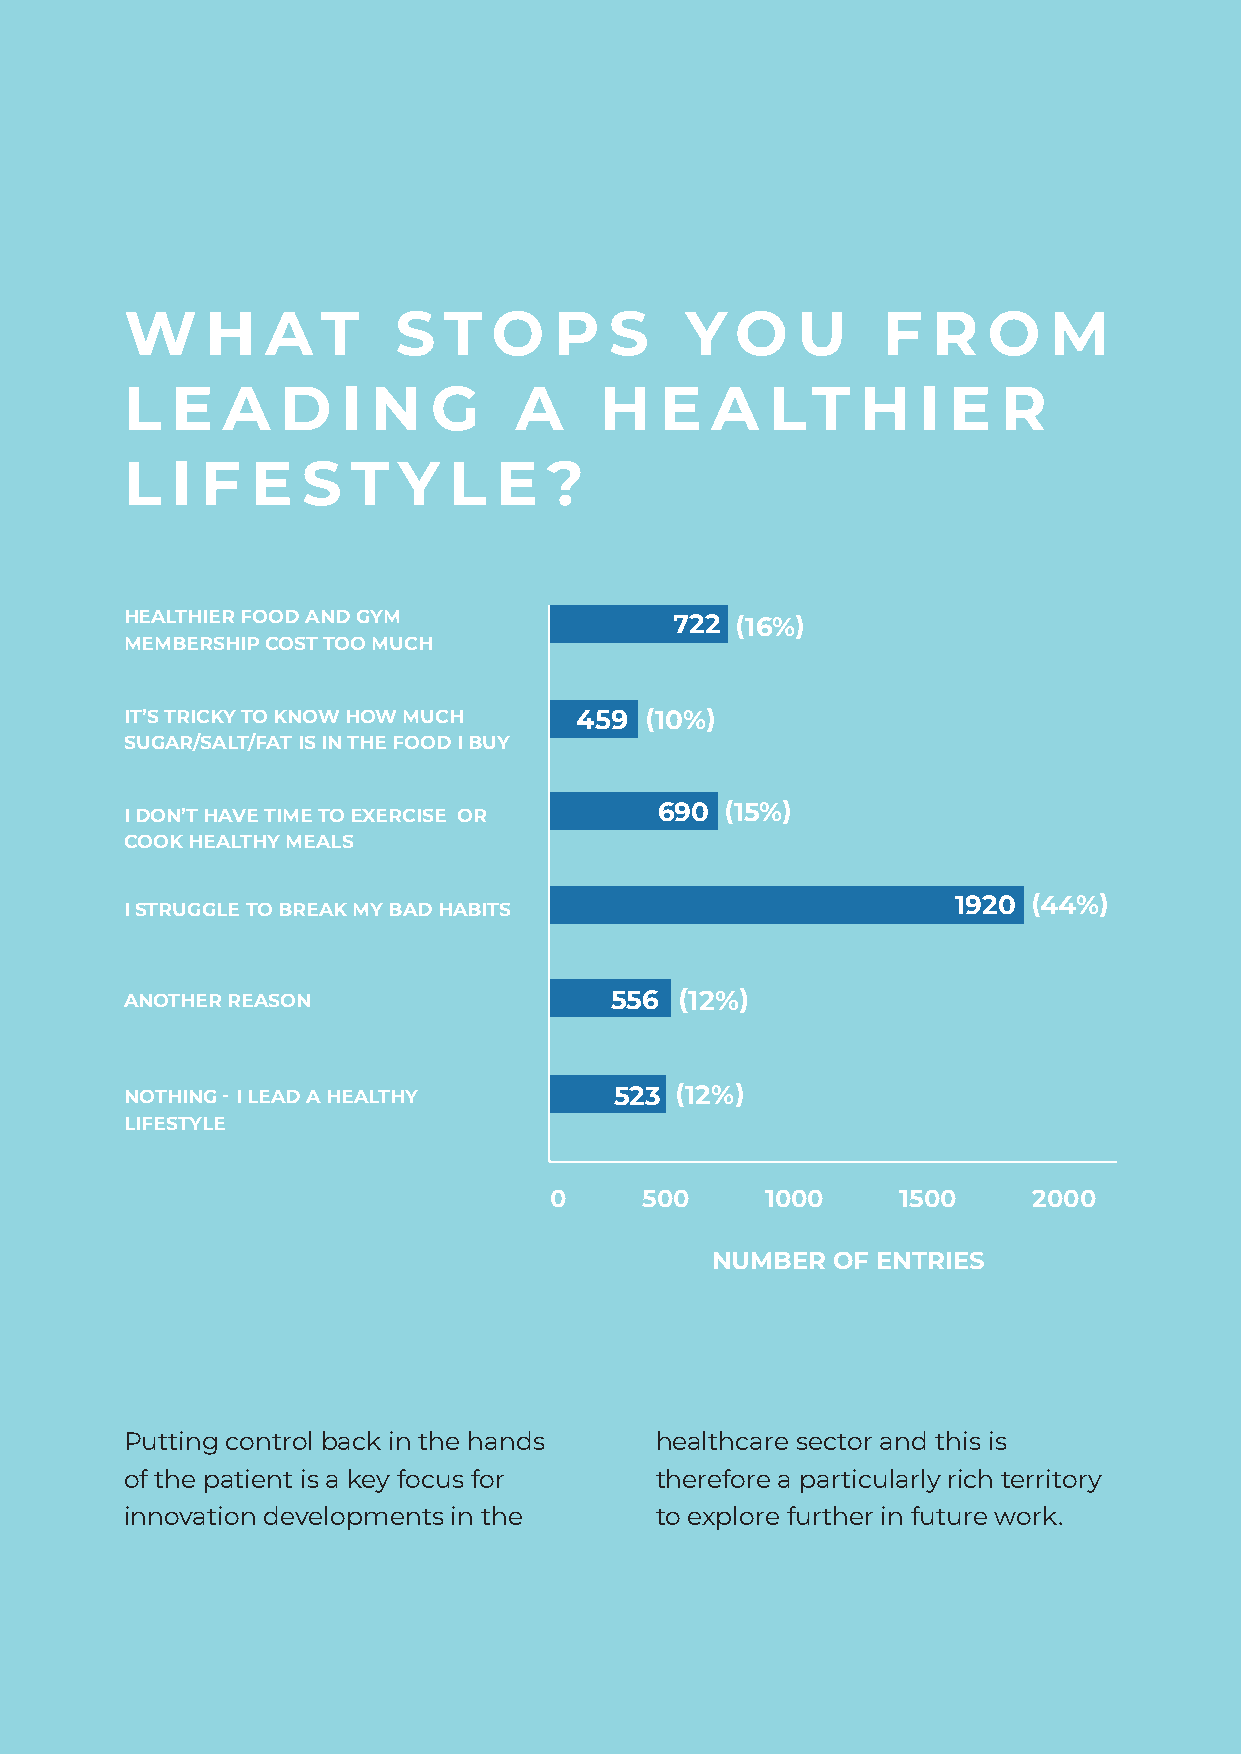
W     H   A  T    S  T   O   P  S    Y   O   U    F   R  O   M
 L  E   A   D   I N  G     A     H   E  A   LT    H   I E  R
 L  I F   E  S  T  Y   L  E  ?
 HEALTHIER FOOD AND GYM               722 (16%)
 MEMBERSHIP COST TOO MUCH
 IT’S TRICKY TO KNOW HOW MUCH  459  (10%)
 SUGAR/SALT/FAT IS IN THE FOOD I BUY
 690 (15%)
 I DON’T HAVE TIME TO EXERCISE OR
 COOK HEALTHY MEALS
 1920 (44%)
 I STRUGGLE TO BREAK MY BAD HABITS
 ANOTHER REASON                  556  (12%)
 NOTHING - I LEAD A HEALTHY       523 (12%)
 LIFESTYLE
 0      500     1000     1500    2000
 NUMBER  OF ENTRIES
 Putting control back in the hands  healthcare sector and this is
 of the patient is a key focus for  therefore a particularly rich territory
 innovation developments in the     to explore further in future work.
 25